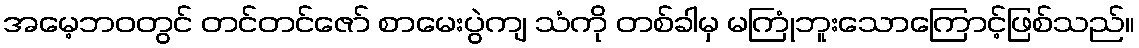
အမေ့ဘဝတွင် တင်တင်ဇော် စာမေးပွဲကျ သံကို တစ်ခါမှ မကြုံဘူးသောကြောင့်ဖြစ်သည်။